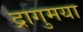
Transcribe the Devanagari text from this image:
द्रागुमया